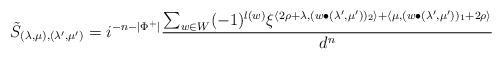
LaTeX: \begin{align*} \tilde{S}_{(\lambda,\mu),(\lambda',\mu')} = i^{-n-\lvert\Phi^+\rvert}\frac{\sum_{w\in W}(-1)^{l(w)} \xi^{\langle 2\rho+\lambda,(w\bullet(\lambda',\mu'))_2\rangle + \langle\mu,(w\bullet(\lambda',\mu'))_1+2\rho\rangle}} {d^n} \end{align*}